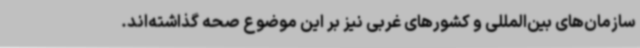
سازمان‌های بین‌المللی و کشورهای غربی نیز بر این موضوع صحه گذاشته‌اند.